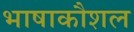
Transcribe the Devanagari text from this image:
भाषाकौशल